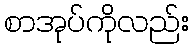
စာအုပ်ကိုလည်း